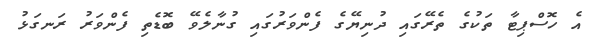
އެ ހޮސްޕިޓާ ތަކުގެ ތެރޭގައި ދުނިޔޭގެ ފެންވަރުގައި ގުނާލެވޭ ބޮޑެތި ފެންވަރު ރަނގަޅު